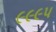
૯૯૯૫